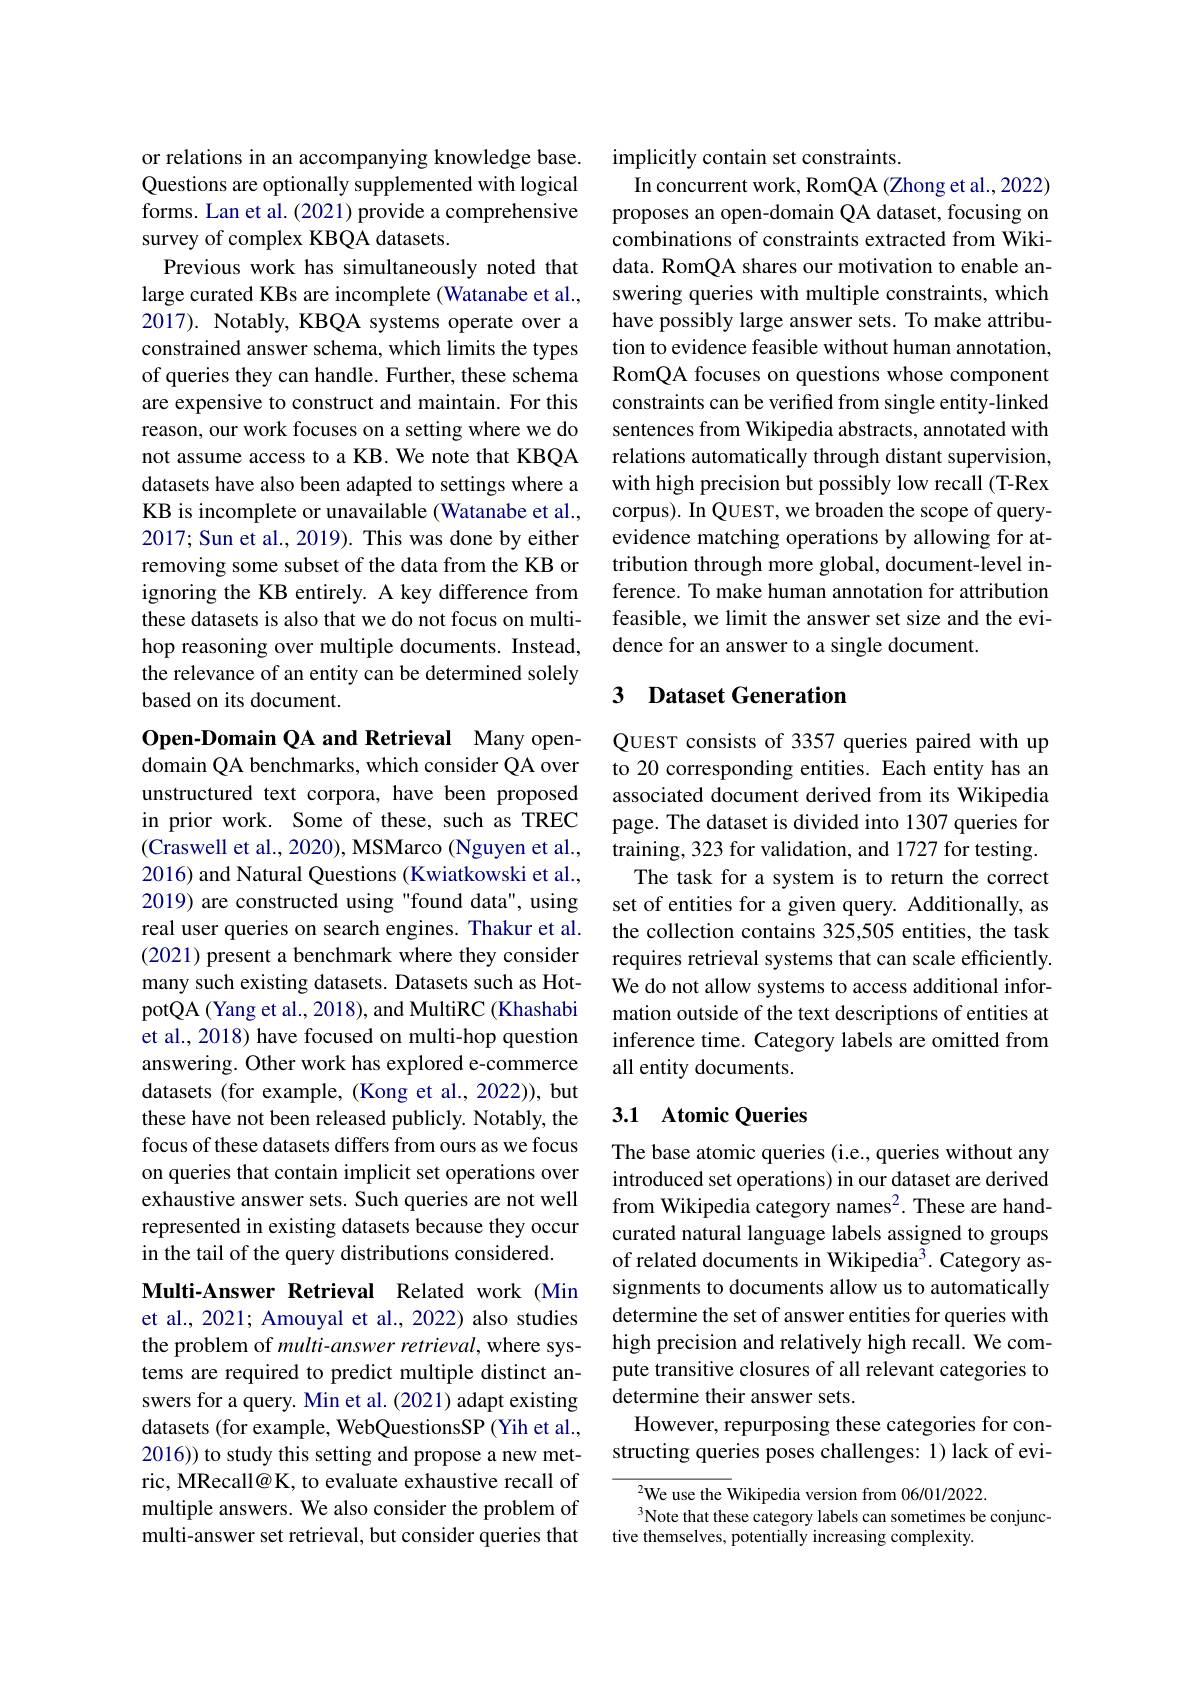
or relations in an accompanying knowledge base. Questions are optionally supplemented with logical forms. Lan et al. (2021) provide a comprehensive survey of complex KBQA datasets.
Previous work has simultaneously noted that large curated KBs are incomplete (Watanabe et al., 2017). Notably, KBQA systems operate over a constrained answer schema, which limits the types of queries they can handle. Further, these schema are expensive to construct and maintain. For this reason, our work focuses on a setting where we do not assume access to a KB. We note that KBQA datasets have also been adapted to settings where a KB is incomplete or unavailable (Watanabe et al., 2017; Sun et al., 2019). This was done by either removing some subset of the data from the KB or ignoring the KB entirely. A key difference from these datasets is also that we do not focus on multihop reasoning over multiple documents. Instead, the relevance of an entity can be determined solely based on its document.

Open-Domain QA and Retrieval Many opendomain QA benchmarks, which consider QA over unstructured text corpora, have been proposed in prior work. Some of these, such as TREC (Craswell et al., 2020), MSMarco (Nguyen et al., 2016) and Natural Questions (Kwiatkowski et al., 2019) are constructed using "found data", using real user queries on search engines. Thakur et al. (2021) present a benchmark where they consider many such existing datasets. Datasets such as HotpotQA (Yang et al., 2018), and MultiRC (Khashabi et al., 2018) have focused on multi-hop question answering. Other work has explored e-commerce datasets (for example, (Kong et al., 2022)), but these have not been released publicly. Notably, the focus of these datasets differs from ours as we focus on queries that contain implicit set operations over exhaustive answer sets. Such queries are not well represented in existing datasets because they occur in the tail of the query distributions considered.

Multi-Answer Retrieval Related work (Min et al., 2021; Amouyal et al., 2022) also studies the problem of multi-answer retrieval, where systems are required to predict multiple distinct answers for a query. Min et al. (2021) adapt existing datasets (for example, WebQuestionsSP (Yih et al., 2016)) to study this setting and propose a new metric, MRecall@ K, to evaluate exhaustive recall of multiple answers. We also consider the problem of multi-answer set retrieval, but consider queries that

implicitly contain set constraints.
In concurrent work, RomQA (Zhong et al., 2022) proposes an open-domain QA dataset, focusing on combinations of constraints extracted from Wikidata. RomQA shares our motivation to enable answering queries with multiple constraints, which have possibly large answer sets. To make attribution to evidence feasible without human annotation, RomQA focuses on questions whose component constraints can be verified from single entity-linked sentences from Wikipedia abstracts, annotated with relations automatically through distant supervision, with high precision but possibly low recall (T-Rex corpus). In QUEST, we broaden the scope of queryevidence matching operations by allowing for attribution through more global, document-level inference. To make human annotation for attribution feasible, we limit the answer set size and the evidence for an answer to a single document.

## 3 Dataset Generation

QUEST consists of 3357 queries paired with up to 20 corresponding entities. Each entity has an associated document derived from its Wikipedia page. The dataset is divided into 1307 queries for training, 323 for validation, and 1727 for testing.
The task for a system is to return the correct set of entities for a given query. Additionally, as the collection contains 325,505 entities, the task requires retrieval systems that can scale efficiently. We do not allow systems to access additional information outside of the text descriptions of entities at inference time. Category labels are omitted from all entity documents.

## 3.1 Atomic Queries

The base atomic queries (i.e., queries without any introduced set operations) in our dataset are derived from Wikipedia category names$^2.$ These are handcurated natural language labels assigned to groups of related documents in Wikipedia$^{\bar{3}}.$ Category assignments to documents allow us to automatically determine the set of answer entities for queries with high precision and relatively high recall. We compute transitive closures of all relevant categories to determine their answer sets.
However, repurposing these categories for constructing queries poses challenges: 1) lack of evi-

$^{2}$We use the Wikipedia version from 06/01/2022.
$^{3}$Note that these category labels can sometimes be conjunc-
tive themselves, potentially increasing complexity.